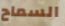
السماح